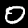
Label: 0